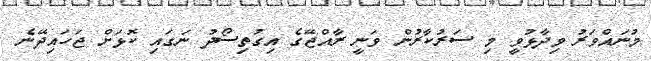
މުނައްވަރު ވިދާޅުވީ މި ސަރުކާރުން ވަނީ ރާއްޖޭގެ އިގުތިސޯދު ނަގައި ކޮޅަށް ޖަހައިދޭނެ